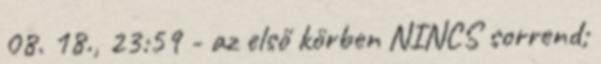
08. 18., 23:59 - az első körben NINCS sorrend;